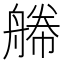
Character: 𦩫